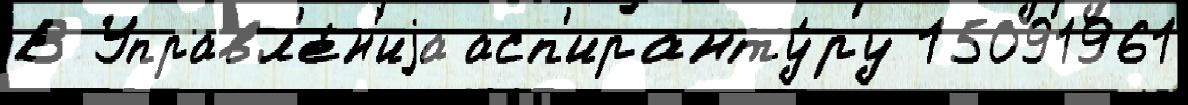
В Управл'е́н'иjа асп'иранту́ру 15091961